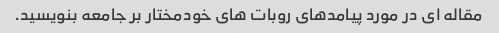
مقاله ای در مورد پیامدهای روبات های خودمختار بر جامعه بنویسید.